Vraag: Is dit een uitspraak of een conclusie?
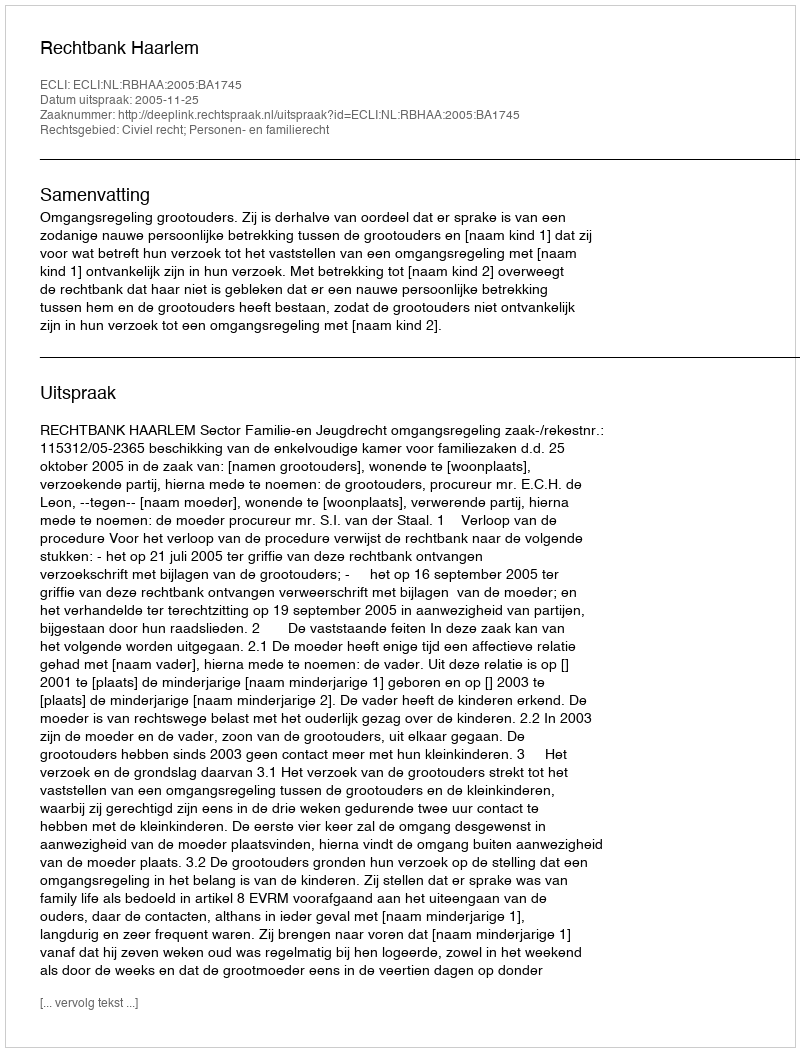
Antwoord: Uitspraak